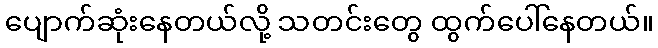
ပျောက်ဆုံးနေတယ်လို့ သတင်းတွေ ထွက်ပေါ်နေတယ်။